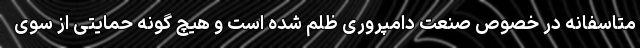
متاسفانه در خصوص صنعت دامپروری ظلم شده است و هیچ گونه حمایتی از سوی